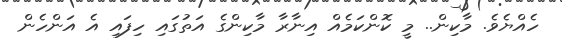
ހެއްޔެވެ. މާކިން.. މީ ކޮންކަމެއް އިނާރާ މާކިންގެ އަތުގައި ހިފައި އެ އަންހެން